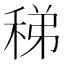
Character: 稊